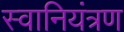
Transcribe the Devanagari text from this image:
स्वानियंत्रण